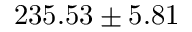
2 3 5 . 5 3 \pm 5 . 8 1